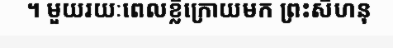
។ មួយរយៈពេលខ្លីក្រោយមក ព្រះសីហនុ